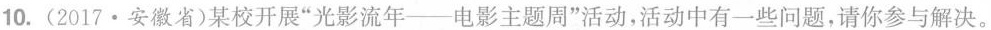
10.(2017·安徽省)某校开展”光影流年--电影主题周”活动，活动中有一些问题，请你参与解决。